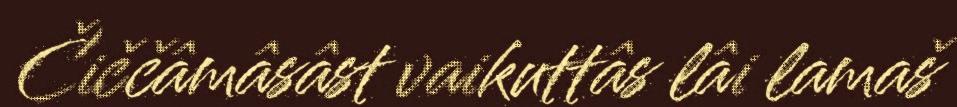
Čiččâmâsâst vaikuttâs lâi lamaš